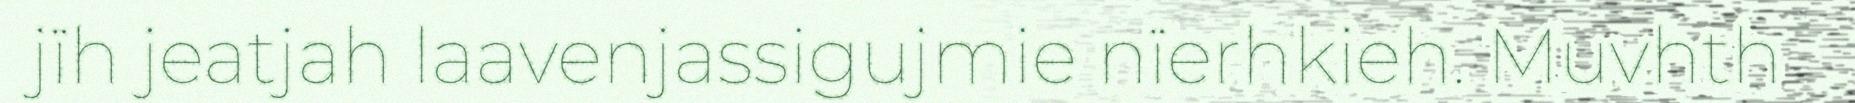
jïh jeatjah laavenjassigujmie nïerhkieh. Muvhth